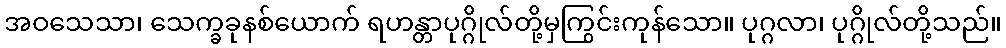
အဝသေသာ၊ သေက္ခခုနစ်ယောက် ရဟန္တာပုဂ္ဂိုလ်တို့မှကြွင်းကုန်သော။ ပုဂ္ဂလာ၊ ပုဂ္ဂိုလ်တို့သည်။